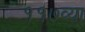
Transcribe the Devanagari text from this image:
११७व्या